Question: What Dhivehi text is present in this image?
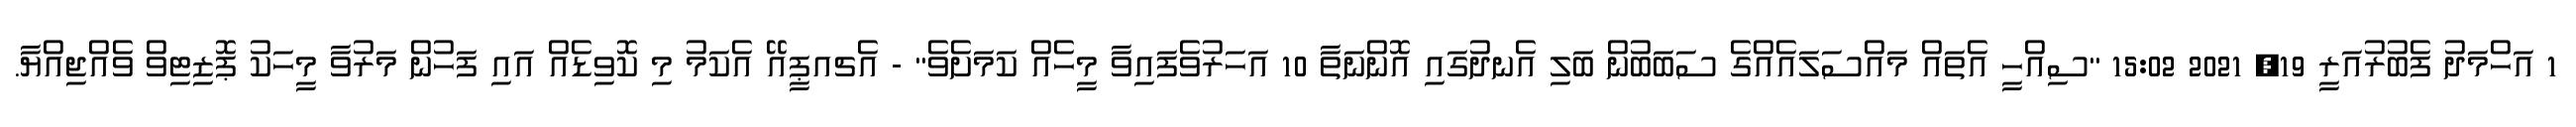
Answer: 1 އަހްމަދު ފެބުރުއަރީ 19, 2021 15:02 "ސިއްހީ އެތައް މައްސަލައެއްގެ ސަބަބުން ބަލި އެނދުގައި އޮންނަތާ 10 އަހަރުވެފައިވާ މީހެއް ކަމަށެވެ" - އެޗއޕީއޭ އެކަމު މި ކޮވިޑެއް އައި ފަހުން މަރުވާ މީހަކު ޕޮޒިޓިވް ވެއްޖިއްޔާ.